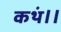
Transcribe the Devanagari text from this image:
कथं।।